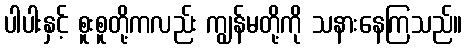
ပါပါးနှင့် စူးစူတို့ကလည်း ကျွန်မတို့ကို သနားနေကြသည်။